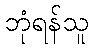
ဘုံရန်သူ